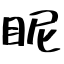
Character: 眤